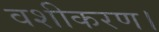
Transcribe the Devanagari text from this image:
वशीकरण।